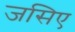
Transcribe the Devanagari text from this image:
जसिए